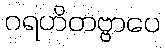
ဂရဟိတဗ္ဗာပေ